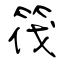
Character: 筏